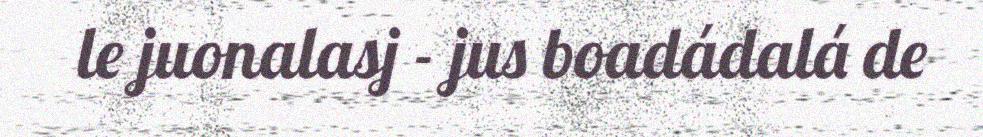
le juonalasj - jus boadádalá de